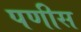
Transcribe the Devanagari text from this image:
पणीस